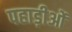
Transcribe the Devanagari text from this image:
पहाड़ीओं